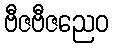
ဗီဇဗီဇညေဝ